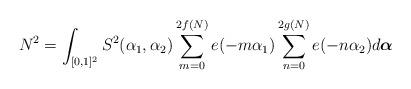
LaTeX: \begin{align*}N^2=\int_{[0,1]^2}S^2(\alpha_1,\alpha_2) \sum_{m=0}^{2f(N)}e(-m\alpha_1) \sum_{n=0}^{2g(N)}e(-n\alpha_2) d\boldsymbol{\alpha}\end{align*}